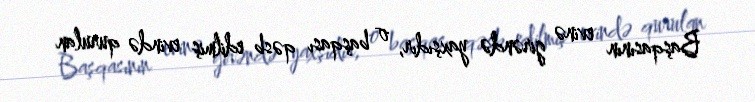
Başqasının evinə girəndə yaxşıdır, o başqası qəsb edilmiş evində qurulan